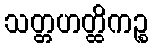
သတ္တဟတ္ထိကဉ္စ